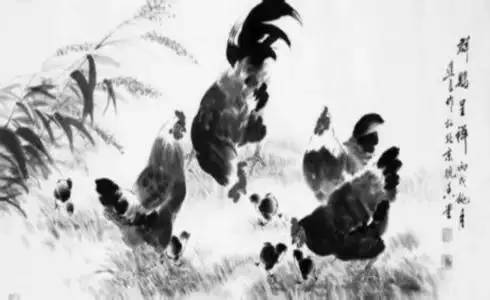
牛刀可以割鸡，鸡刀难以屠牛。